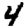
Digit: 4